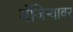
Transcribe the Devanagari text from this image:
मंजिऱ्यावर